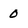
Character: 0